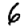
Digit: 6